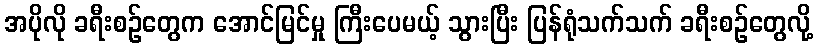
အပိုလို ခရီးစဉ်တွေက အောင်မြင်မှု ကြီးပေမယ့် သွားပြီး ပြန်ရုံသက်သက် ခရီးစဉ်တွေလို့